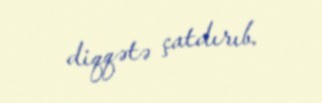
diqqətə çatdırıb.